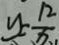
y = \frac { 1 2 } { x }